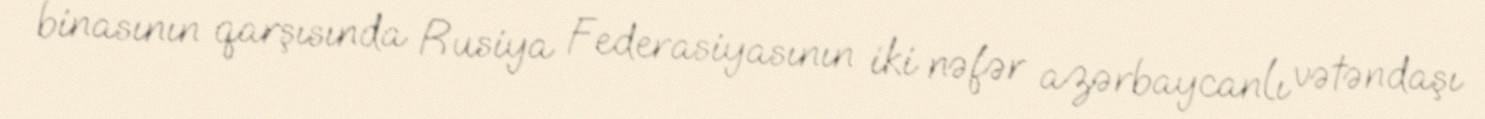
binasının qarşısında Rusiya Federasiyasının iki nəfər azərbaycanlı vətəndaşı